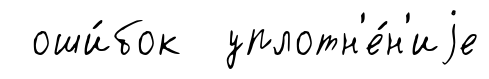
оши́бок уплотн'е́н'иjе